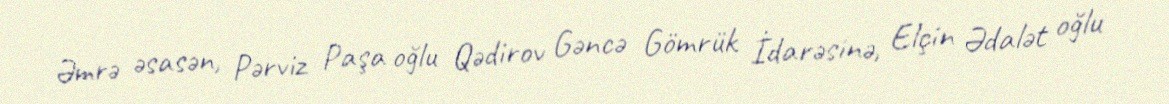
Əmrə əsasən, Pərviz Paşa oğlu Qədirov Gəncə Gömrük İdarəsinə, Elçin Ədalət oğlu